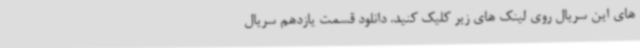
های این سریال روی لینک های زیر کلیک کنید. دانلود قسمت یازدهم سریال